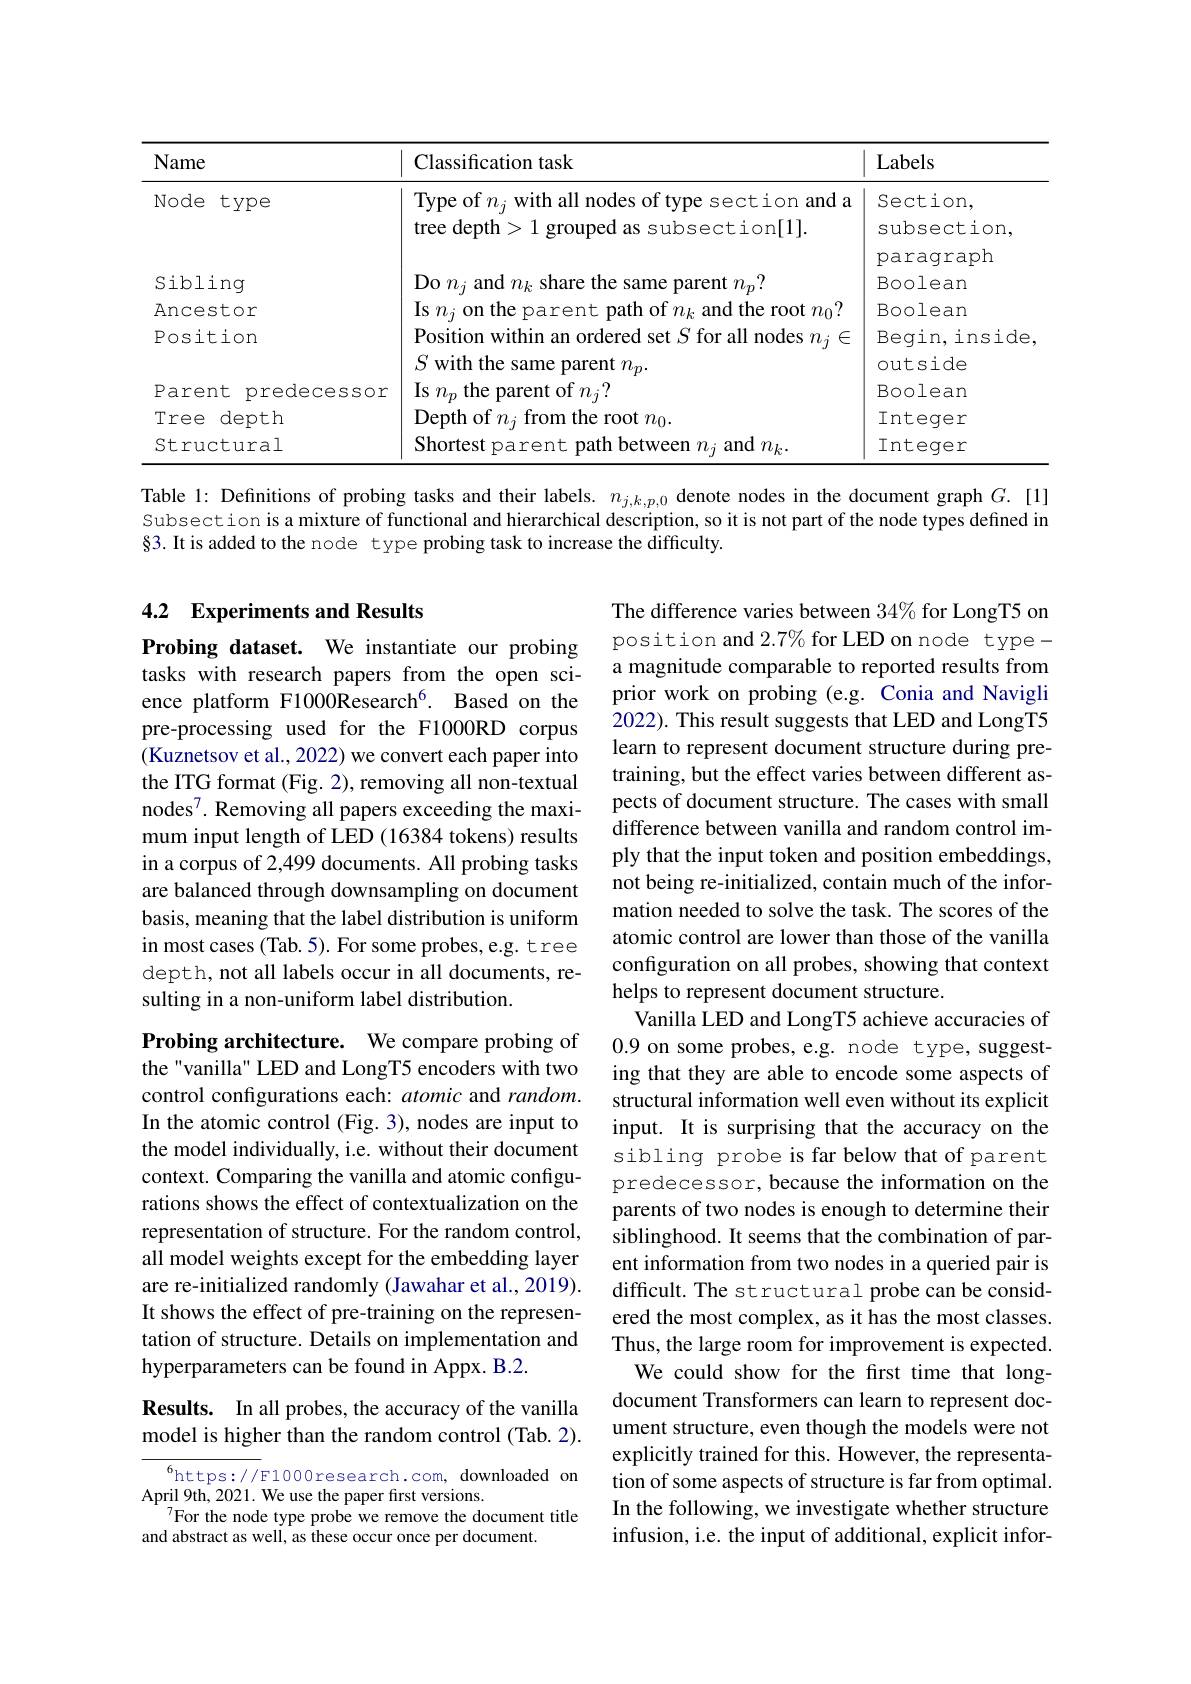
<table>
	<tbody>
		<tr>
			<th>Name</th>
			<th>Classification task</th>
			<th>Labels</th>
		</tr>
		<tr>
			<td rowspan="3">Node type</td>
			<td>Type of $n_{i}$ with all nodes of type section and a</td>
			<td>Section, </td>
		</tr>
		<tr>
			<td>${:}\pm{\mathrm{ion}}[1]$ tree denth 1 </td>
			<td>subsection,</td>
		</tr>
		<tr>
			<td> </td>
			<td>paragraph</td>
		</tr>
		<tr>
			<td>Sibling</td>
			<td> share the and $m_{k}$ $\textbf{、}_{i}$ $\mathop{\text{parent}}n_{n}!$</td>
			<td>Boolean</td>
		</tr>
		<tr>
			<td>Ancestor</td>
			<td>$||\mathbf{s}$ and the p $\operatorname{root}n_{0}?$ 1211 $TLL$</td>
			<td>Boolean</td>
		</tr>
		<tr>
			<td>Position</td>
			<td>Positior tors ${\mathrm{all~nodes~}n_{i}}$ W1th 5 </td>
			<td>Beqin,inside</td>
		</tr>
		<tr>
			<td> </td>
			<td>$S$ with the rent $n_{p}$ SAme</td>
			<td>outside</td>
		</tr>
		<tr>
			<td>Parent predecessor</td>
			<td>$Is~n_{n}$ t of $n_{i}?$ The marenl</td>
			<td>Boolean</td>
		</tr>
		<tr>
			<td>Tree depth</td>
			<td>Depth of $n$ root $n_0.$ rmr the</td>
			<td>Integer</td>
		</tr>
		<tr>
			<td>Structural</td>
			<td>Shortest amn $\eta_{i}$</td>
			<td>Integer</td>
		</tr>
	</tbody>
</table>

Table 1: Definitions of probing tasks and their labels. $n_j,k,p,0$ denote nodes in the document graph $G.[1]$ Subsection is a mixture of functional and hierarchical description, so it is not part of the node types defined in §3. It is added to the node type probing task to increase the difficulty.

## 4.2 Experiments and Results

Probing dataset. We instantiate our probing tasks with research papers from the open science platform F1000Research$^{6}.$ Based on the pre-processing used for the F1000RD corpus (Kuznetsov et al., 2022) we convert each paper into the ITG format (Fig. 2), removing all non-textual nodes$^7.$ Removing all papers exceeding the maximum input length of LED (16384 tokens) results in a corpus of 2,499 documents. All probing tasks are balanced through downsampling on document basis, meaning that the label distribution is uniform in most cases (Tab. 5). For some probes, e.g. tree depth, not all labels occur in all documents, resulting in a non-uniform label distribution.

The difference varies between 34% for LongT5 on position and $2.7\%$ for LED on node typea magnitude comparable to reported results from prior work on probing (e.g. Conia and Navigli 2022). This result suggests that LED and LongT5 learn to represent document structure during pretraining, but the effect varies between different aspects of document structure. The cases with small difference between vanilla and random control imply that the input token and position embeddings, not being re-initialized, contain much of the information needed to solve the task. The scores of the atomic control are lower than those of the vanilla configuration on all probes, showing that context helps to represent document structure.
Vanilla LED and LongT5 achieve accuracies of 0.9 on some probes, e.g. node type, suggesting that they are able to encode some aspects of structural information well even without its explicit input. It is surprising that the accuracy on the sibling probe is far below that of parent predecessor, because the information on the parents of two nodes is enough to determine their siblinghood. It seems that the combination of parent information from two nodes in a queried pair is difficult. The structural probe can be considered the most complex, as it has the most classes. Thus, the large room for improvement is expected.
We could show for the first time that longdocument Transformers can learn to represent document structure, even though the models were not explicitly trained for this. However, the representation of some aspects of structure is far from optimal. In the following, we investigate whether structure infusion, i.e. the input of additional, explicit infor-

Probing architecture. We compare probing of the "vanilla" LED and LongT5 encoders with two control configurations each: atomic and random. In the atomic control (Fig. 3), nodes are input to the model individually, i.e. without their document context. Comparing the vanilla and atomic configurations shows the effect of contextualization on the representation of structure. For the random control, all model weights except for the embedding layer are re-initialized randomly (Jawahar et al., 2019). It shows the effect of pre-training on the representation of structure. Details on implementation and hyperparameters can be found in Appx. B.2.

Results. In all probes, the accuracy of the vanilla model is higher than the random control (Tab. 2).

$^{6}$https://E1000research.com, downloaded on
April 9th, 2021. We use the paper first versions.
$^{7}$For the node type probe we remove the document title
and abstract as well, as these occur once per document.